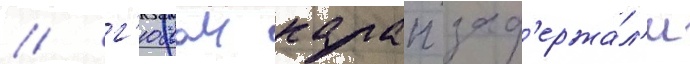
/ г'юлаи калап зад'ержа́л'и